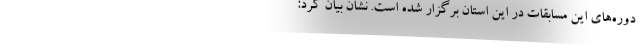
دوره‌های این مسابقات در این استان برگزار شده است. نشان بیان کرد: